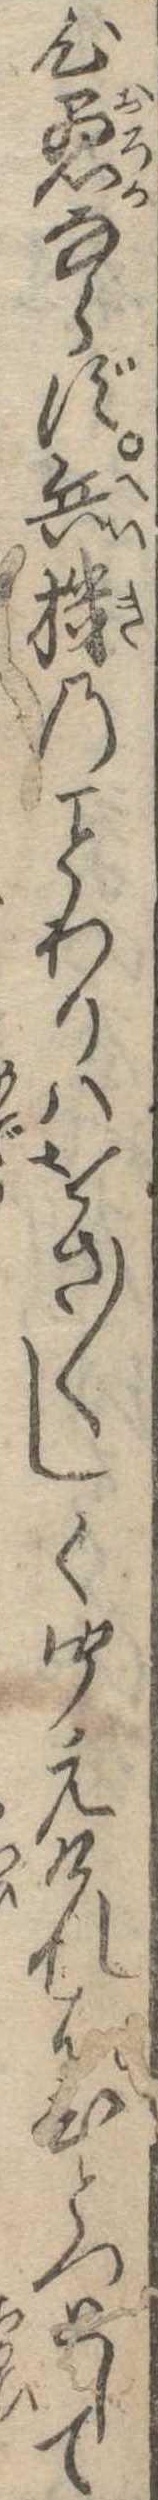
心愚ならず兵機のわりはをさ〱しく聞えければひとつとして